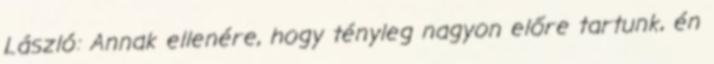
László: Annak ellenére, hogy tényleg nagyon előre tartunk, én